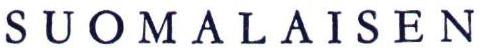
SUOMALAISEN